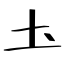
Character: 圡